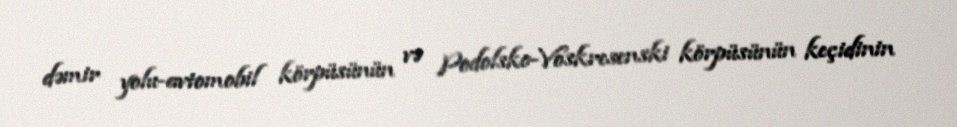
dəmir yolu-avtomobil körpüsünün və Podolsko-Voskresenski körpüsünün keçidinin